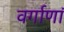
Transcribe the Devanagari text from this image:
वर्गाणां